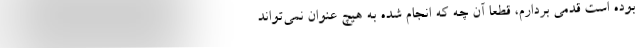
بوده است قدمی بردارم، قطعا آن چه که انجام شده به هیچ عنوان نمی‌تواند